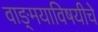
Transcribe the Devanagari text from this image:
वाङ्‌मयाविषयीचे